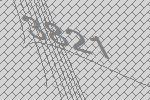
3821